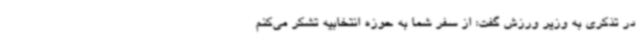
در تذکری به وزیر ورزش گفت: از سفر شما به حوزه انتخابیه تشکر می‌کنم